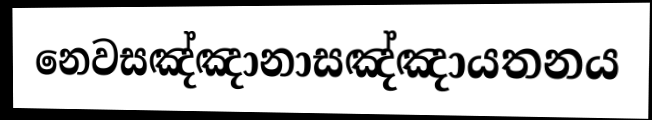
නෙවසඤ්ඤානාසඤ්ඤායතනය